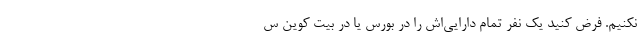
نکنیم. فرض کنید یک نفر تمام دارایی‌اش را در بورس یا در بیت کوین س